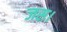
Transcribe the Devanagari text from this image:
जस।